Insane asylums in Bengal annual reports 1867-1875 - 1867-1875
Year: 1867
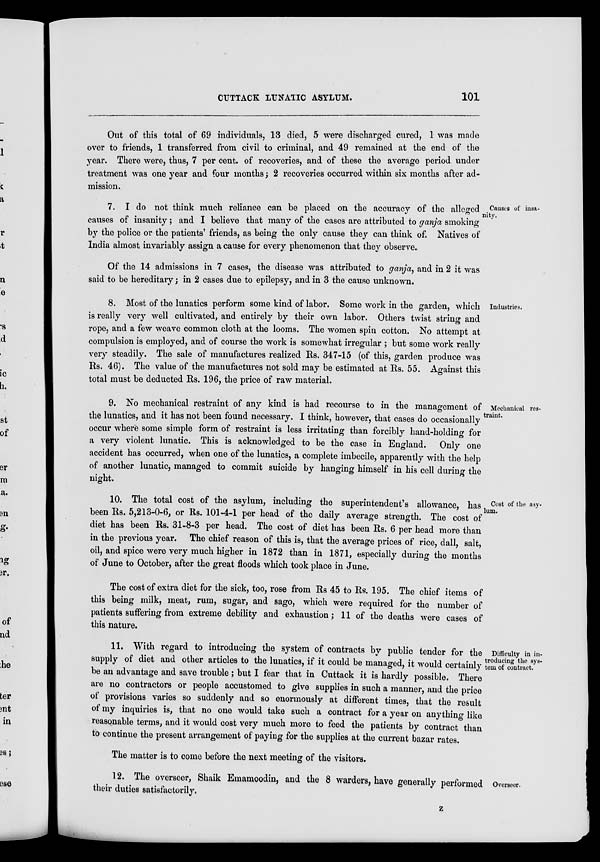
CUTTACK LUNATIC ASYLUM.
101
Out of this total of 69 individuals, 13 died, 5 were discharged cured, 1 was made
over to friends, 1 transferred from civil to criminal, and 49 remained at the end of the
year. There were, thus, 7 per cent. of recoveries, and of these the average period under
treatment was one year and four months; 2 recoveries occurred within six months after ad-
mission.
Causes of insa-
nity.
7. I do not think much reliance can be placed on the accuracy of the alleged
causes of insanity; and I believe that many of the cases are attributed to ganja smoking
by the police or the patients' friends, as being the only cause they can think of. Natives of
India almost invariably assign a cause for every phenomenon that they observe.
Of the 14 admissions in 7 cases, the disease was attributed to ganja, and in 2 it was
said to be hereditary; in 2 cases due to epilepsy, and in 3 the cause unknown.
Industries.
8. Most of the lunatics perform some kind of labor. Some work in the garden, which
is really very well cultivated, and entirely by their own labor. Others twist string and
rope, and a few weave common cloth at the looms. The women spin cotton. No attempt at
compulsion is employed, and of course the work is somewhat irregular ; but some work really
very steadily. The sale of manufactures realized Rs. 347-15 (of this, garden produce was
Rs. 46). The value of the manufactures not sold may be estimated at Rs. 55. Against this
total must be deducted Rs. 196, the price of raw material.
Mechanical res-
traint.
9. No mechanical restraint of any kind is had recourse to in the management of
the lunatics, and it has not been found necessary. I think, however, that cases do occasionally
occur where some simple form of restraint is less irritating than forcibly hand-holding- for
a very violent lunatic. This is acknowledged to be the case in England. Only one
accident has occurred, when one of the lunatics, a complete imbecile, apparently with the help
of another lunatic, managed to commit suicide by hanging himself in his cell during the
night.
Cost of the asy-
lum.
10. The total cost of the asylum, including the superintendent's allowance, has
been Rs. 5,213-0-6, or Rs. 101-4-1 per head of the daily average strength. The cost of
diet has been Rs. 31-8-3 per head. The cost of diet has been Rs. 6 per head more than
in the previous year. The chief reason of this is, that the average prices of rice, dall, salt,
oil, and spice were very much higher in 1872 than in 1871, especially during the months
of June to October, after the great floods which took place in June.
The cost of extra diet for the sick, too, rose from Rs 45 to Rs. 195. The chief items of
this being milk, meat, rum, sugar, and sago, which were required for the number of
patients suffering from extreme debility and exhaustion; 11 of the deaths were cases of
this nature.
Difficulty in in-
troducing the sys-
tem of contract.
11. With regard to introducing the system of contracts by public tender for the
supply of diet and other articles to the lunatics, if it could be managed, it would certainly
be an advantage and save trouble ; but I fear that in Cuttack it is hardly possible. There
are no contractors or people accustomed to give supplies in such a manner, and the price
of provisions varies so suddenly and so enormously at different times, that the result
of my inquiries is, that no one would take such a contract for a year on anything like
reasonable terms, and it would cost very much more to feed the patients by contract than
to continue the present arrangement of paying for the supplies at the current bazar rates.
The matter is to come before the next meeting of the visitors.
Overseer.
12. The overseer, Shaik Emamoodin, and the 8 warders, have generally performed
their duties satisfactorily.
z